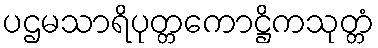
ပဌမသာရိပုတ္တကောဋ္ဌိကသုတ္တံ